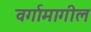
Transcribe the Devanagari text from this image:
वर्गामागील